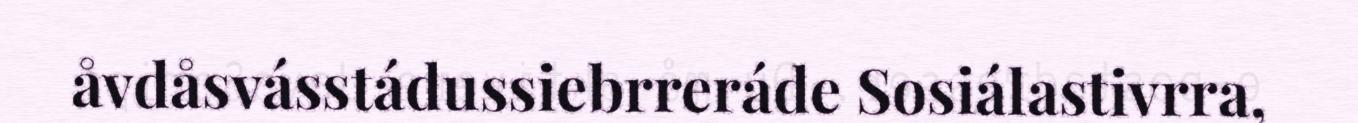
åvdåsvásstádussiebrreráde Sosiálastivrra,